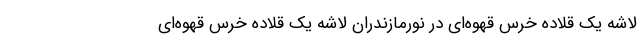
لاشه یک قلاده خرس قهوه‌ای در نورمازندران لاشه یک قلاده خرس قهوه‌ای